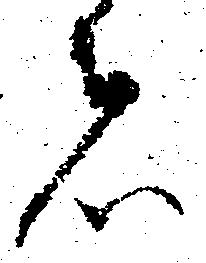
者